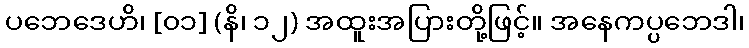
ပဘေဒေဟိ၊ [၀၁] (နိ၊ ၁၂) အထူးအပြားတို့ဖြင့်။ အနေကပ္ပဘေဒါ၊